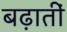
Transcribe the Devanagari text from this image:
बढ़ातीं